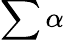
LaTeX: \sum\alpha